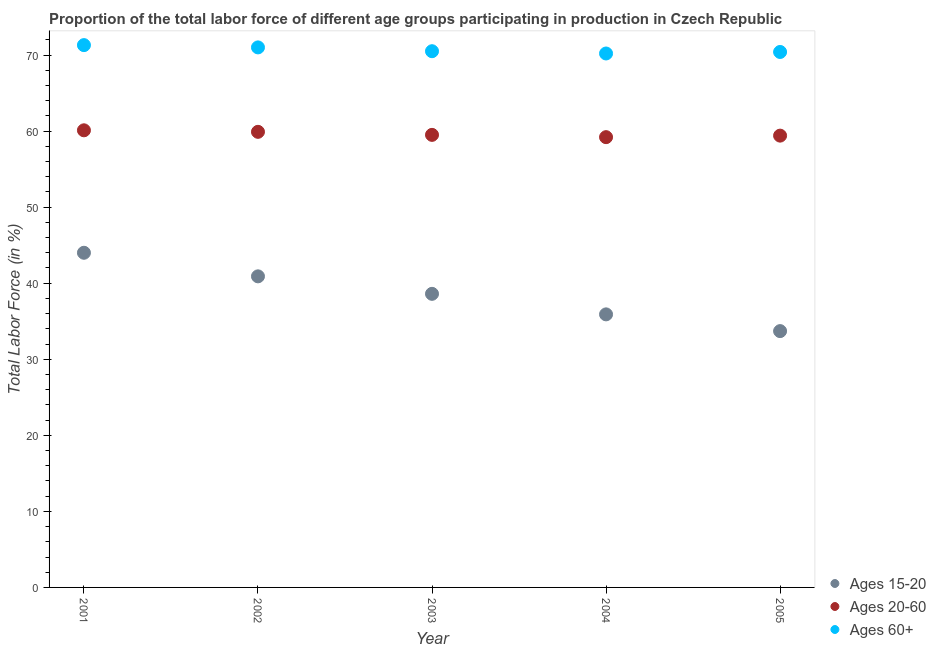
| Year | Ages 15-20 | Ages 20-60 | Ages 60+ |
 | --- | --- | --- | --- |
 | 2001 | 44 | 60.1 | 71.3 |
 | 2002 | 40.9 | 59.9 | 71 |
 | 2003 | 38.6 | 59.5 | 70.5 |
 | 2004 | 35.9 | 59.2 | 70.2 |
 | 2005 | 33.7 | 59.4 | 70.4 |